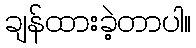
ချန်ထားခဲ့တာပါ။